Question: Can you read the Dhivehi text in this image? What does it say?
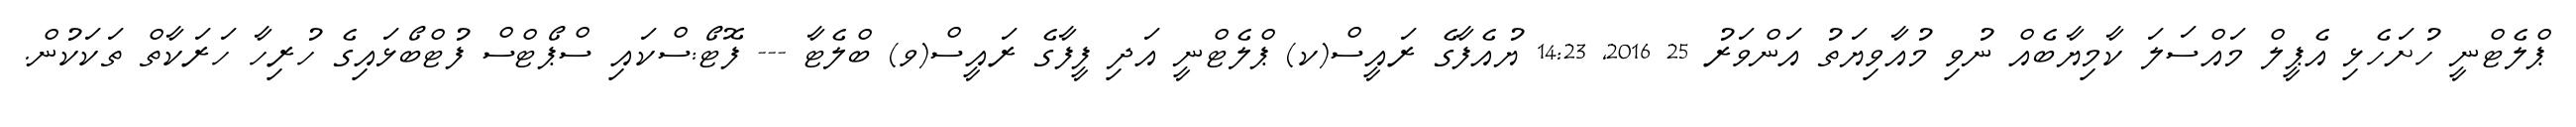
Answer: ޕްލެޓްނީ ހުށަހެޅި އެޕީލް މައްސަލަ ކާމިޔާބެއް ނުވި މުއާވިޔަތު އަންވަރު 25 2016, 14:23 ޔުއެފާގެ ރައީސް(ކ) ޕްލެޓްނީ އަދި ފީފާގެ ރައީސް(ވ) ބްލެޓާ --- ފޮޓޯ:ސްކައި ސްޕޯޓްސް ފުޓްބޯޅައިގެ ހުރިހާ ހަރަކާތް ތަކަކުން.